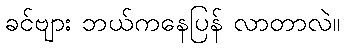
ခင်ဗျား ဘယ်ကနေပြန် လာတာလဲ။